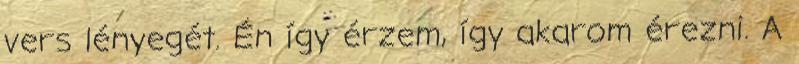
vers lényegét. Én így érzem, így akarom érezni. A